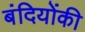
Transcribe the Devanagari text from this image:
बंदियोंकी